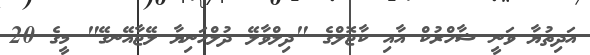
އަދިތުޔާ ވަނީ ޝާހްރުކް އާއި ކާޖޮލްގެ "ދިލްވާލޭ ދުލްހަނިޔާ ލޭޖާއޭނގޭ" މީގެ 20